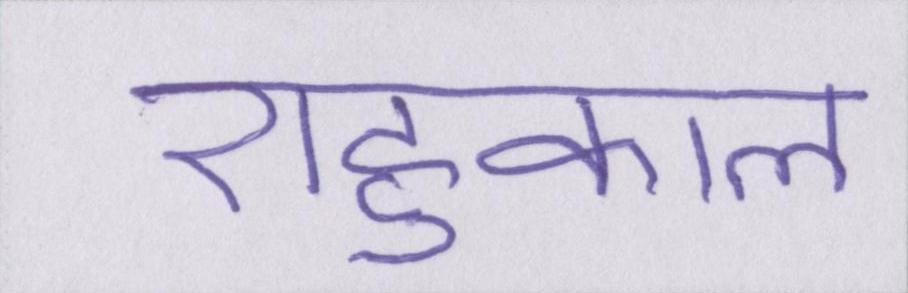
राहुकाल